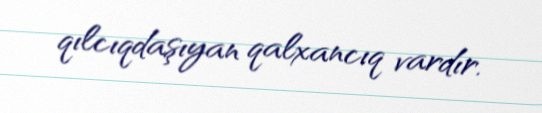
qılcıqdaşıyan qalxancıq vardır.